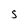
Character: S